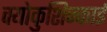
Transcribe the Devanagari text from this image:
क्योकुशिन्काई